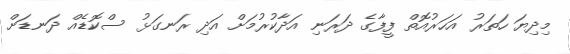
މިދިޔަ ހަތަރު އަހަރުއޮތް ފީފާގެ ދަރަނި އަދާކުރުމަށް އަދި ރަނގަޅު ސްކޮޑެއް ދަނޑަށް